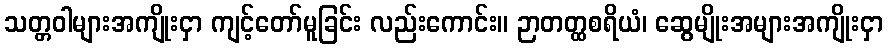
သတ္တဝါများအကျိုးငှာ ကျင့်တော်မူခြင်း လည်းကောင်း။ ဉာတတ္ထစရိယံ၊ ဆွေမျိုးအများအကျိုးငှာ